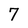
Character: 7